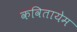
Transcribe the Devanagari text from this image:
कवितायेम